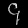
Digit: ၄